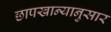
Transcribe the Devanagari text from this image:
छापखान्यानुसार